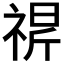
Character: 𬓁